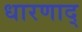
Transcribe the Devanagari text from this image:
धारणाद्